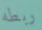
ربطه